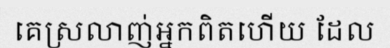
គេស្រលាញ់អ្នកពិតហើយ ដែល